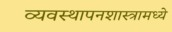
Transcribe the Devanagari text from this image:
व्यवस्थापनशास्त्रामध्ये